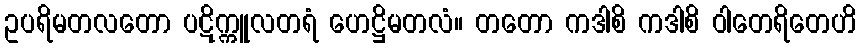
ဥပရိမတလတော ပဋိက္ကူလတရံ ဟေဋ္ဌိမတလံ။ တတော ကဒါစိ ကဒါစိ ဝါတေရိတေဟိ